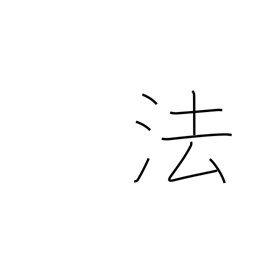
Meaning: method